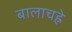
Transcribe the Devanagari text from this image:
बालाचह्रे